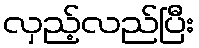
လှည့်လည်ပြီး